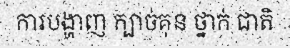
ការបង្ហាញ ក្បាច់គុន ថ្នាក់ ជាតិ